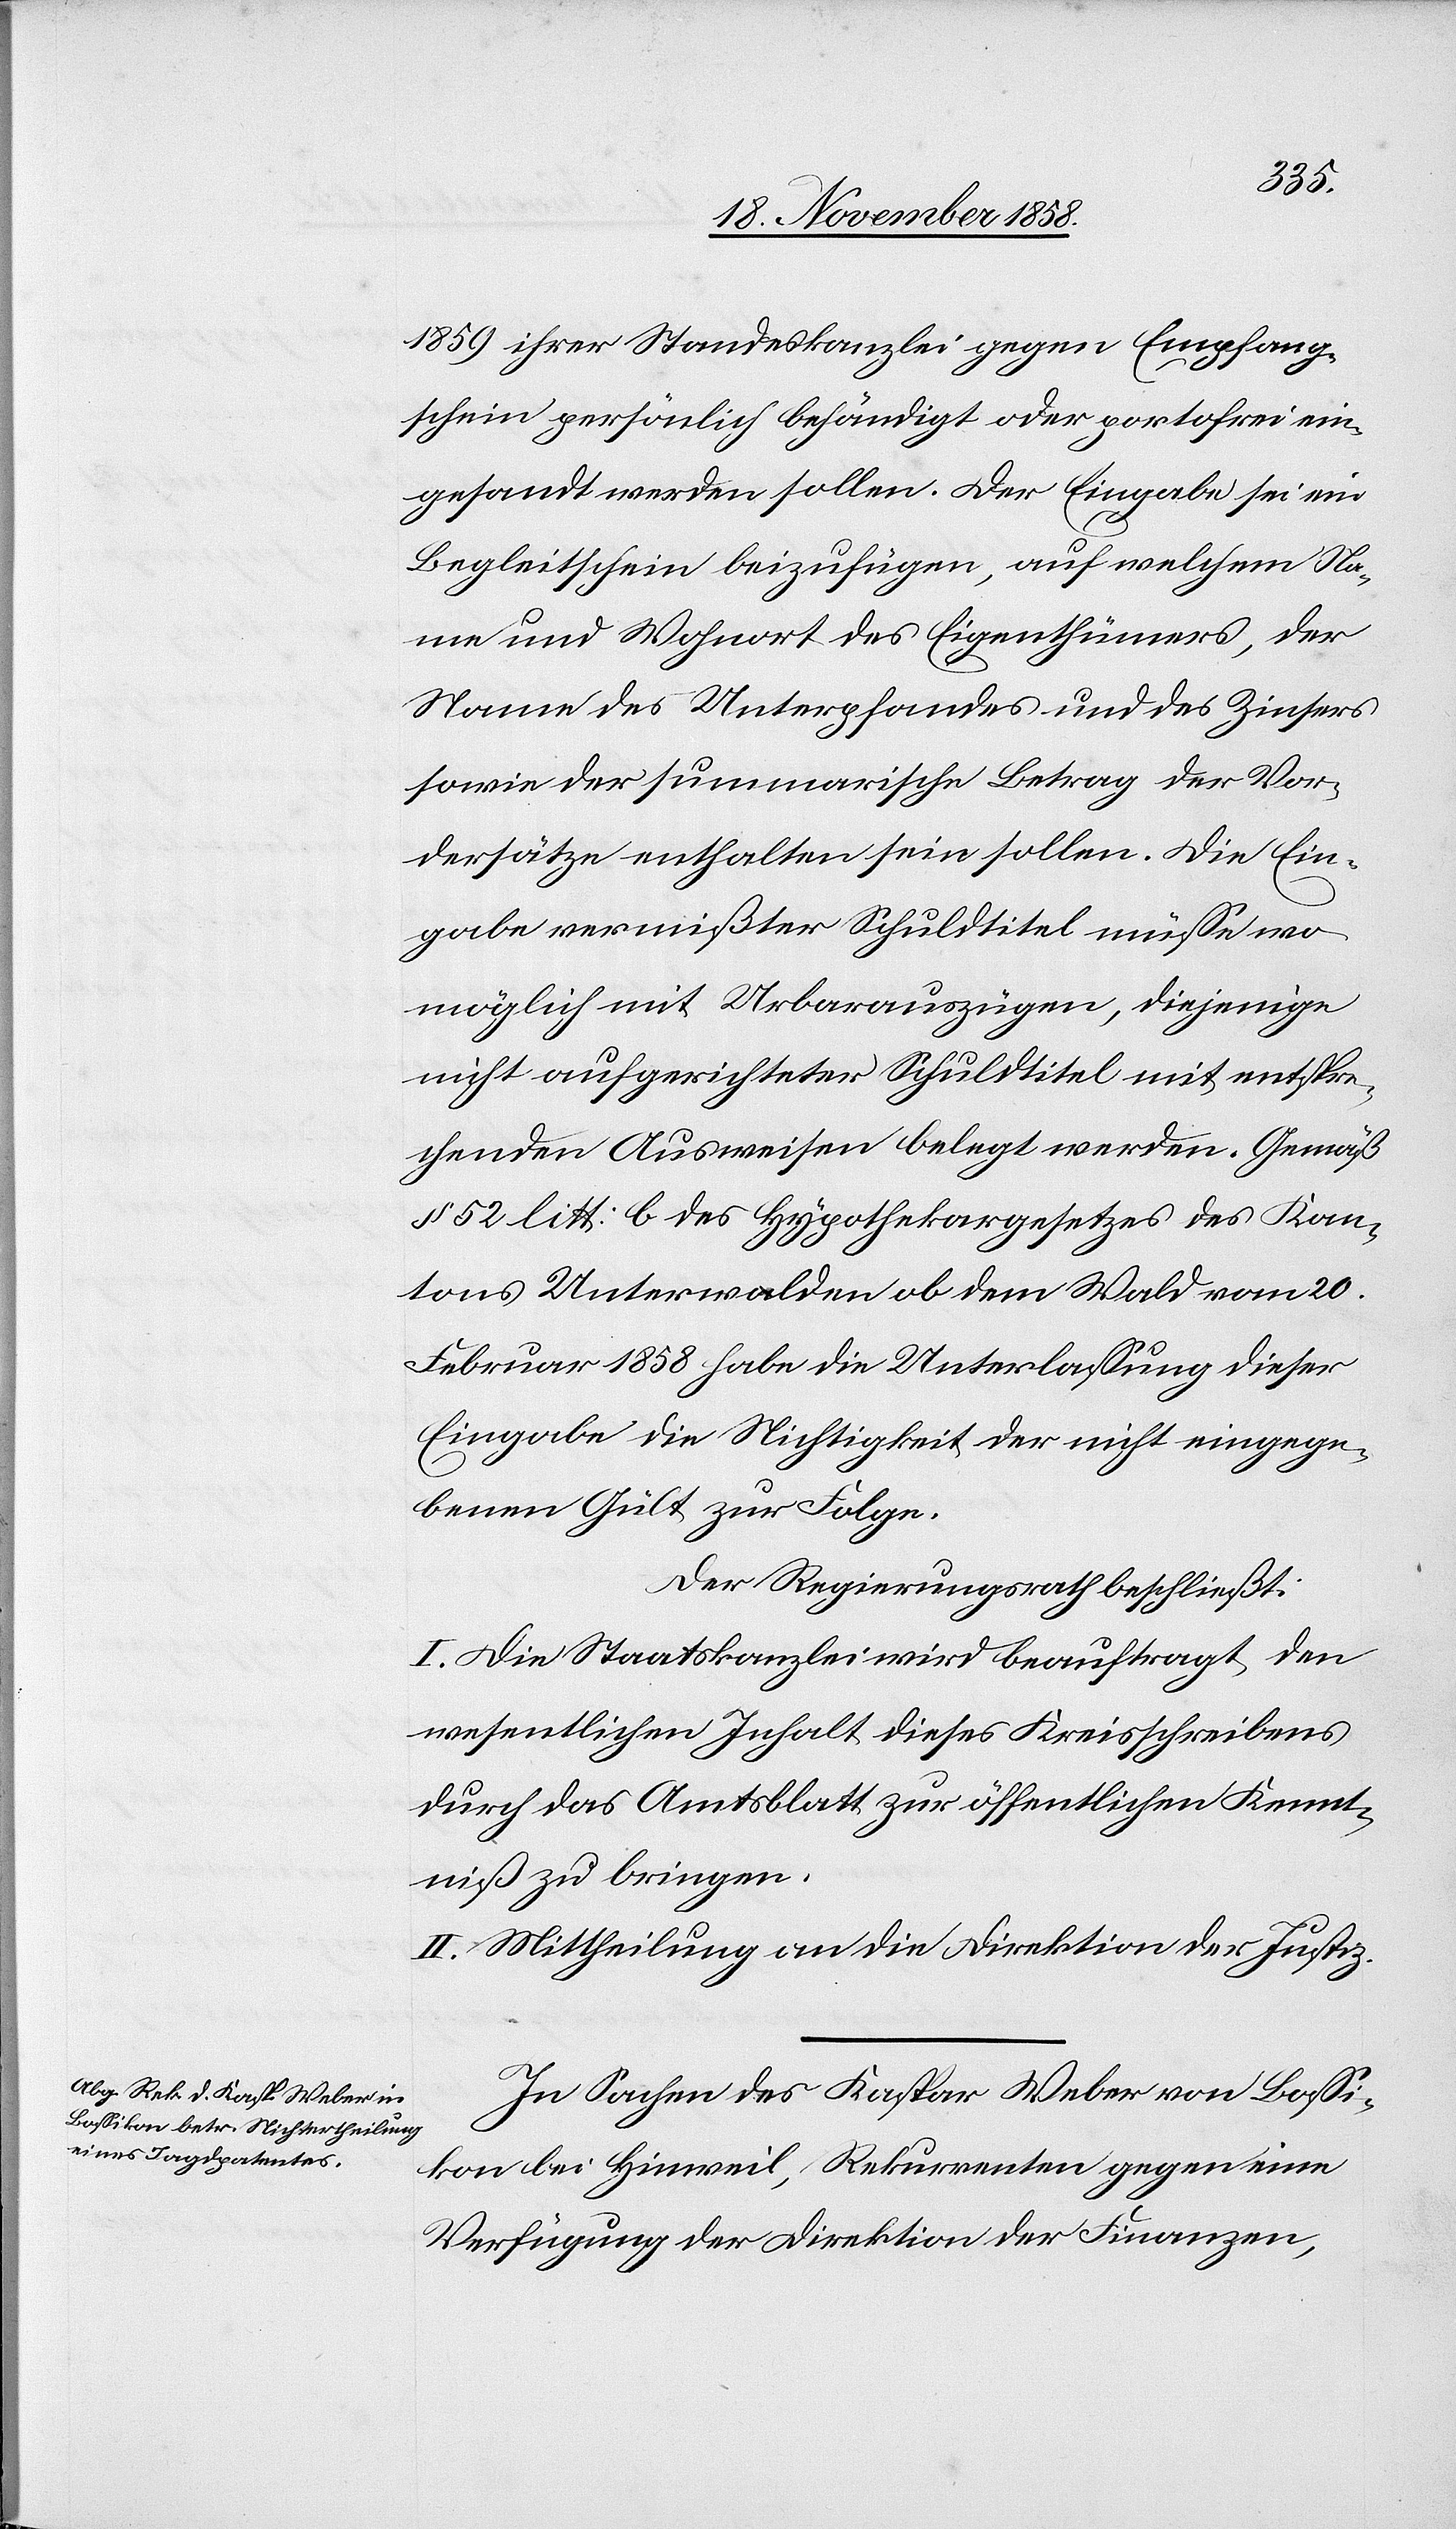
1859 ihrer Standeskanzlei gegen Empfang¬
schein persönlich behändigt oder portofrei ein¬
gesandt werden sollen. Der Eingabe sei ein
Begleitschein beizufügen, auf welchem Na¬
me und Wohnort des Eigenthümers, der
Name des Unterpfandes und des Zinsers
sowie der summarische Betrag der Vor¬
dersätze enthalten sein sollen. Die Ein¬
gabe vermißter Schuldtitel müsse wo¬
möglich mit Urbarauszügen, diejenige
nicht aufgerichteter Schuldtitel mit entspre¬
chenden Ausweisen belegt werden. Gemäß
§ 52 litt: b des Hypothekargesetzes des Kan¬
tons Unterwalden ob dem Wald vom 20.
Februar 1858 habe die Unterlassung dieser
Eingabe die Nichtigkeit der nicht eingege¬
benen Gült zur Folge.
Der Regierungsrath beschließt:
I. Die Staatskanzlei wird beauftragt, den
wesentlichen Inhalt dieses Kreisschreibens
durch das Amtsblatt zur öffentlichen Kennt¬
niß zu bringen.
II. Mittheilung an die Direktion der Justiz.
In Sachen des Kaspar Weber von Bossi¬
kon bei Hinweil, Rekurrenten gegen eine
Verfügung der Direktion der Finanzen,